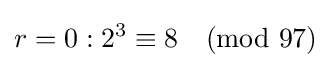
r=0:2^{3}\equiv 8{\pmod {97}}